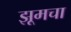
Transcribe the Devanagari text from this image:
झूमचा